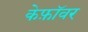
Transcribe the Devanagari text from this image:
केफ़ॉवर